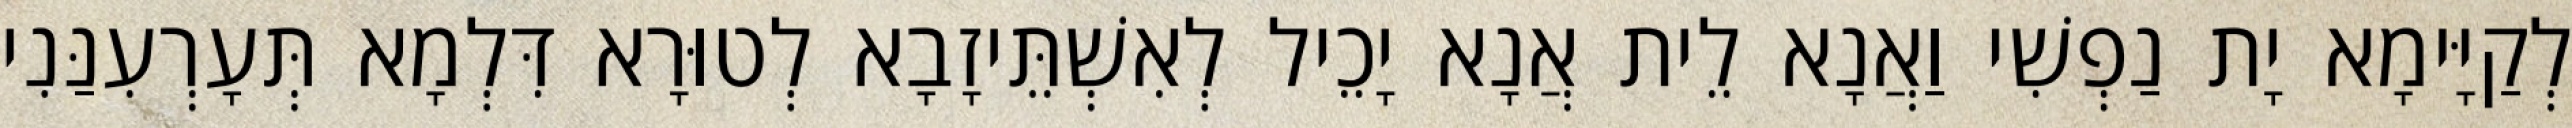
לְקַיָּימָא יָת נַפְשִׁי וַאֲנָא לֵית אֲנָא יָכֵיל לְאִשְׁתֵּיזָבָא לְטוּרָא דִּלְמָא תְּעָרְעִנַּנִי